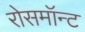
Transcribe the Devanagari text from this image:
रोसमॉन्ट